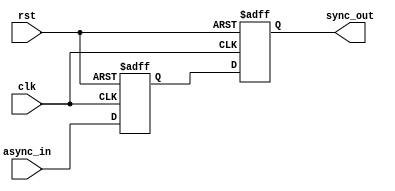
module meta_stability_filter (
    input wire async_in,   // Asynchronous input signal
    input wire clk,        // Clock signal
    input wire rst,        // Reset signal
    output reg sync_out    // Synchronized output signal
);

    // Internal signals for the flip-flops
    reg ff1_out;           // Output of the first flip-flop

    // First Flip-Flop (FF1)
    always @(posedge clk or posedge rst) begin
        if (rst) begin
            ff1_out <= 1'b0; // Reset FF1 output to 0
        end else begin
            ff1_out <= async_in; // Sample async_in
        end
    end

    // Second Flip-Flop (FF2)
    always @(posedge clk or posedge rst) begin
        if (rst) begin
            sync_out <= 1'b0; // Reset sync_out to 0
        end else begin
            sync_out <= ff1_out; // Sample output of FF1
        end
    end

endmodule